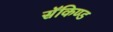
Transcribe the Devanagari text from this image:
सॅकिण्ड